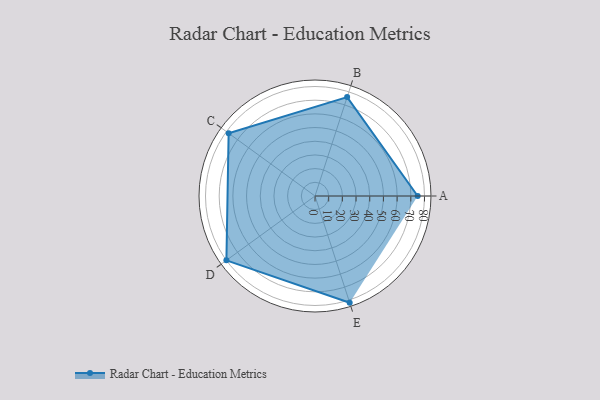
{"axis": {"x": "Skill", "y": "Score"}, "legend": ["Profile"], "data": [{"x": "A", "y": 75.0, "type": "Profile"}, {"x": "B", "y": 76.0, "type": "Profile"}, {"x": "C", "y": 78.0, "type": "Profile"}, {"x": "D", "y": 80.0, "type": "Profile"}, {"x": "E", "y": 82.0, "type": "Profile"}]}